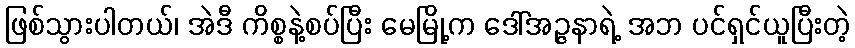
ဖြစ်သွားပါတယ်၊ အဲဒီ ကိစ္စနဲ့စပ်ပြီး မေမြို့က ဒေါ်အဉ္ဇနာရဲ့ အဘ ပင်ရှင်ယူပြီးတဲ့